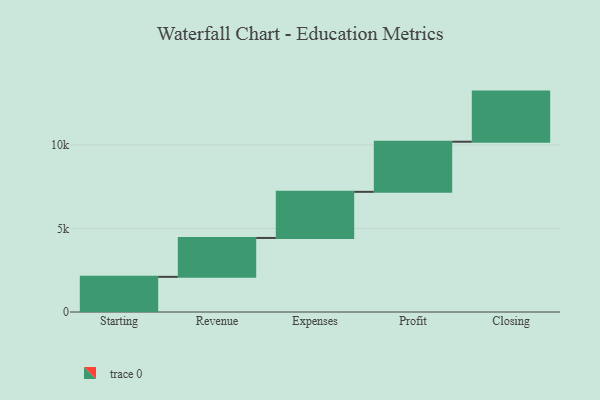
{"axis": {"x": "Step", "y": "Value"}, "legend": [""], "data": [{"x": "Starting", "y": 2104.0, "type": ""}, {"x": "Revenue", "y": 2328.0, "type": ""}, {"x": "Expenses", "y": 2761.0, "type": ""}, {"x": "Profit", "y": 3000, "type": ""}, {"x": "Closing", "y": 3000, "type": ""}]}